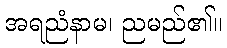
အရညံနာမ၊ ညမည်၏။